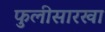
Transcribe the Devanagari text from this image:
फुलीसारखा